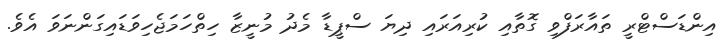
އިންޑަސްޓްރީ ތައާރަފްވި ގޮތާއި ކުރިއަރައި ދިޔަ ސްޕީޑާ މެދު މުނީޒާ ހިތްހަމަޖެހިވަޑައިގަންނަވަ އެވެ.